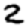
Digit: 2